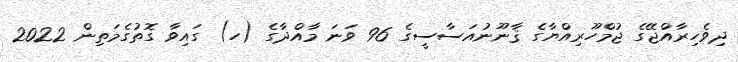
ދިވެހިރާއްޖޭގެ ޖުމްހޫރިއްޔާގެ ޤާނޫނުއަސާސީގެ 96 ވަނަ މާއްދާގެ (ހ) ގައިވާ ގޮތުގެމަތިން 2022